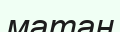
матан